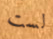
لست